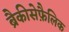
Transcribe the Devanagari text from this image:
ब्रैकीसेफ़ैलिक